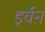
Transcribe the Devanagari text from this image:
इर्वेन